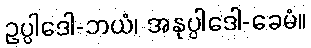
ဥပ္ပါဒေါ-ဘယံ၊ အနုပ္ပါဒေါ-ခေမံ။